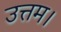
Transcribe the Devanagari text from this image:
उत्तम।